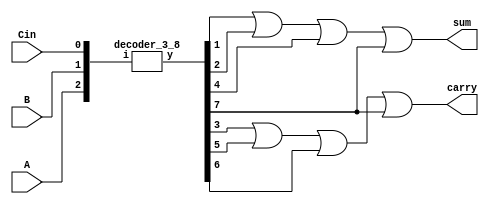
`timescale 1ns / 1ps
module FA_by_DECODER(
    output sum,carry,
    input A,B,Cin
    );
    
    wire [7:0] y;
    wire w1,w2,w3;
    
    decoder_3_8 d1(y,{A,B,Cin});
    
    assign w1 = y[1] | y[2] | y[4] | y[7];
    assign w2 = y[3] | y[5] | y[6] | y[7];
    
    assign sum = w1;
    assign carry = w2;
endmodule


module decoder_3_8(
    output [7:0] y,
    input [2:0] i
    );

	 wire w1,w2,w3;
        assign w1= ~i[2];
        assign w2= ~i[1];
        assign w3= ~i[0];
        assign y[0]= w1&w2&w3;
        assign y[1]= w1&w2&i[0];
        assign y[2]= w1&i[1]&w3;
        assign y[3]= w1&i[1]&i[0];
        assign y[4]= i[2]&w2&w3;
        assign y[5]= i[2]&w2&i[0];
        assign y[6]= i[2]&i[1]&w3;
        assign y[7]= i[2]&i[1]&i[0];
endmodule